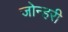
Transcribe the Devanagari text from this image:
जोन्हरी